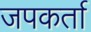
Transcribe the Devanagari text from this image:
जपकर्ता